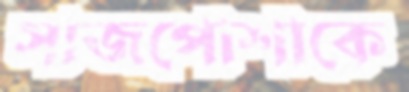
সাজপোশাকে